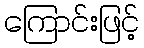
ကြောင်းဖြင့်